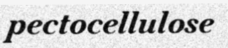
pectocellulose